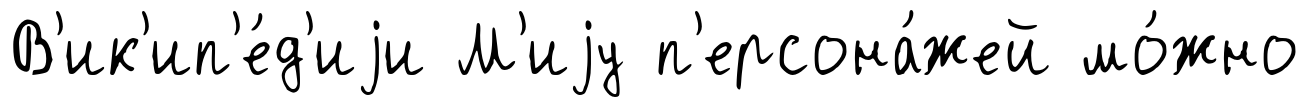
В'ик'ип'е́д'иjи М'иjу п'ерсона́жей мо́жно